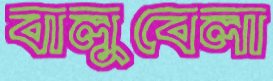
বালুবেলা